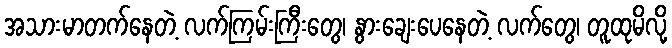
အသားမာတက်နေတဲ့ လက်ကြမ်းကြီးတွေ၊ နွားချေးပေနေတဲ့ လက်တွေ၊ တူထုမိလို့